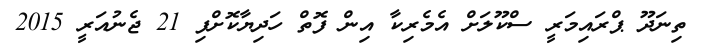
ތިނަދޫ ޕްރައިމަރީ ސްކޫލަށް އެމެރިކާ އިން ފޮތް ހަދިޔާކޮށްފި 21 ޖެނުއަރީ 2015